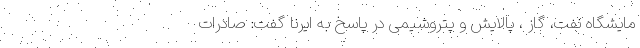
مایشگاه نفت، گاز ، پالایش و پتروشیمی در پاسخ به ایرنا گفت: صادرات